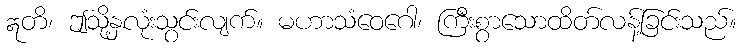
ဣတိ၊ ဤသို့နှလုံးသွင်းလျက်။ မဟာသံဝေဂေါ၊ ကြီးစွာသောထိတ်လန့်ခြင်းသည်။